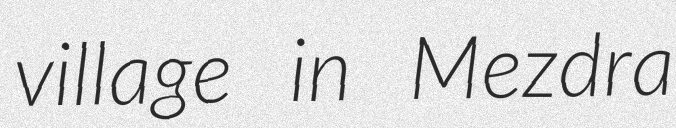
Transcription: village in Mezdra